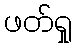
ဖတ်ရှု